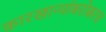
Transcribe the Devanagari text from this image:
कारखान्यांबरोबरच